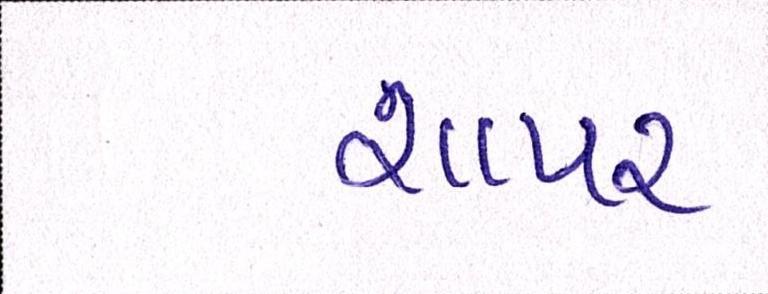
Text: શાપર